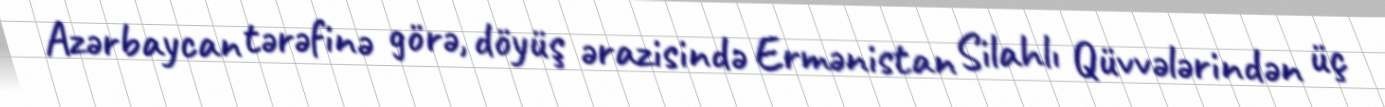
Azərbaycan tərəfinə görə, döyüş ərazisində Ermənistan Silahlı Qüvvələrindən üç